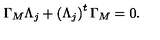
\Gamma _ { M } \Lambda _ { j } + \left( \Lambda _ { j } \right) ^ { t } \Gamma _ { M } = 0 .